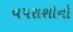
વપરાશોનો